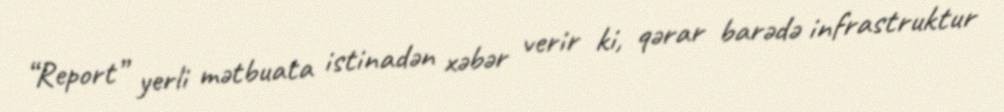
“Report” yerli mətbuata istinadən xəbər verir ki, qərar barədə infrastruktur